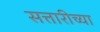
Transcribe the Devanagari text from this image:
सत्तारीच्या